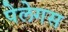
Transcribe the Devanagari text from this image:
पेलेगस